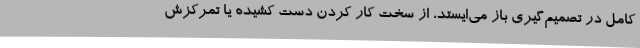
کامل در تصمیم‌گیری باز می‌ایستد، از سخت کار کردن دست کشیده یا تمرکزش